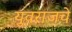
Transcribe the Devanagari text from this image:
युवराजचे